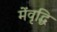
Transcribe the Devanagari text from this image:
मेंवृद्धि